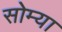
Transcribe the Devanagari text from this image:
सोम्या